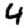
Digit: 4